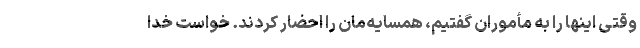
وقتی اینها را به مأموران گفتیم، همسایه‌مان را احضار کردند. خواست خدا